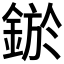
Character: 𨨡